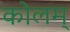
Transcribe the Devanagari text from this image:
कोलम्